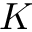
K